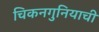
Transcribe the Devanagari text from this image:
चिकनगुनियाची